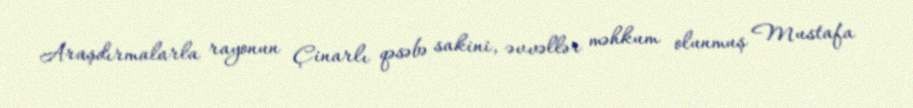
Araşdırmalarla rayonun Çinarlı qəsəbə sakini, əvvəllər məhkum olunmuş Mustafa